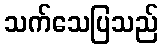
သက်သေပြသည်